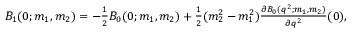
\begin{array} { r } { B _ { 1 } ( 0 ; m _ { 1 } , m _ { 2 } ) = - \frac { 1 } { 2 } B _ { 0 } ( 0 ; m _ { 1 } , m _ { 2 } ) + \frac { 1 } { 2 } ( m _ { 2 } ^ { 2 } - m _ { 1 } ^ { 2 } ) \frac { \partial B _ { 0 } ( q ^ { 2 } ; m _ { 1 } , m _ { 2 } ) } { \partial q ^ { 2 } } ( 0 ) , } \end{array}